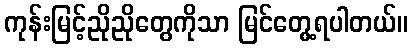
ကုန်းမြင့်ညိုညိုတွေကိုသာ မြင်တွေ့ရပါတယ်။